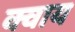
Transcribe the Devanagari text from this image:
क्वाय